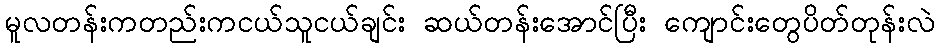
မူလတန်းကတည်းကငယ်သူငယ်ချင်း ဆယ်တန်းအောင်ပြီး ကျောင်းတွေပိတ်တုန်းလဲ